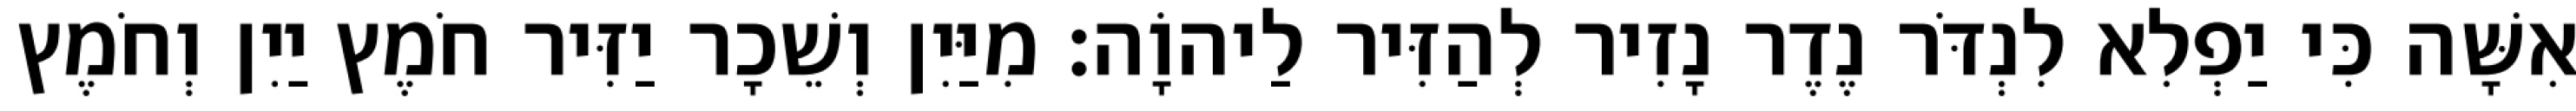
אִשָּׁה כִּי יַפְלִא לִנְדֹּר נֶדֶר נָזִיר לְהַזִּיר לַיהוָֹה׃ מִיַּיִן וְשֵׁכָר יַזִּיר חֹמֶץ יַיִן וְחֹמֶץ